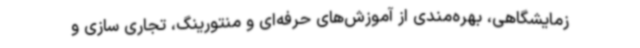
زمایشگاهی، بهره‌مندی از آموزش‌های حرفه‌ای و منتورینگ، تجاری سازی و